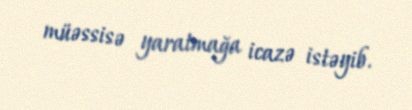
müəssisə yaratmağa icazə istəyib.